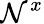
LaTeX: \mathcal{N}^{x}